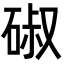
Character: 𮀣